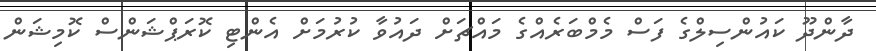
ދާންދޫ ކައުންސިލްގެ ފަސް މެމްބަރެއްގެ މައްޗަށް ދައުވާ ކުރުމަށް އެންޓި ކޮރަޕްޝަންސް ކޮމިޝަން